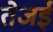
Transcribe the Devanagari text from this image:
तेजई